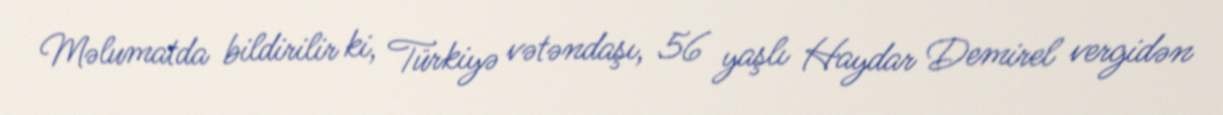
Məlumatda bildirilir ki, Türkiyə vətəndaşı, 56 yaşlı Haydar Demirel vergidən